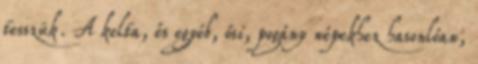
tesszük. A kelta, és egyéb, ősi, pogány népekhez hasonlóan,